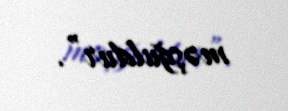
məşğuldur”.